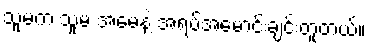
သူမက သူမ အမေနဲ့ အရပ်အမောင်းချင်းတူတယ်။